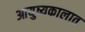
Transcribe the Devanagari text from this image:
आयुष्यकालात